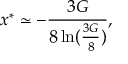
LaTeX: x ^ { * } \simeq - { \frac { 3 G } { 8 \ln ( { \frac { 3 G } { 8 } } ) } } ,